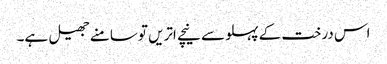
اس درخت کے پہلو سے نیچے اتریں تو سامنے جھیل ہے۔